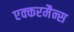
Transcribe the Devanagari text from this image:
एक्करमैन्स